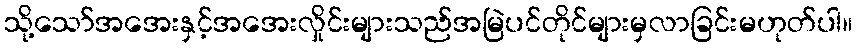
သို့သော်အအေးနှင့်အအေးလှိုင်းများသည်အမြဲပင်တိုင်များမှလာခြင်းမဟုတ်ပါ။